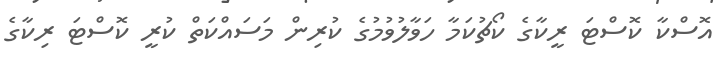
އޮސްކާ ކޮސްޓަ ރީކާގެ ކޯޗުކަމާ ހަވާލުވުމުގެ ކުރިން މަސައްކަތް ކުރީ ކޮސްޓަ ރިކާގެ